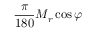
{ \frac { \pi } { 1 8 0 } } M _ { r } \cos \varphi